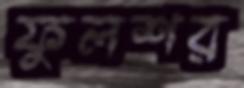
ফুলশর